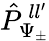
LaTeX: \hat{P}_{\Psi_{\pm}}^{\, ll^{\prime}}